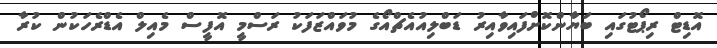
އޮޑިޓް ރިޕޯޓުގައި ބަޔާންކޮށްފައިވާއިރު ޑަބްލިއުއެޗްއޯގެ މުވައްޒަފަކު ރަސްމީ އޮފީސް މެއިލް އެޑްރެހަކުން ކުރާ